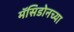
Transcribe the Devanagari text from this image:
मॅसिडोनच्या